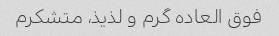
فوق العاده گرم و لذیذ، متشکرم